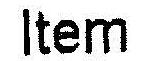
ITEM